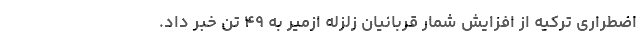
اضطراری ترکیه از افزایش شمار قربانیان زلزله ازمیر به ۴۹ تن خبر داد.